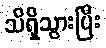
သိရှိသွားပြီး